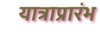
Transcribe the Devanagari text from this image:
यात्राप्रारंभ